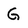
Character: G